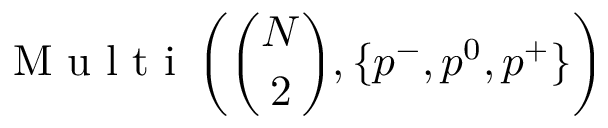
\mathrm { ~ M ~ u ~ l ~ t ~ i ~ } \left( \binom { N } { 2 } , \{ p ^ { - } , p ^ { 0 } , p ^ { + } \} \right)